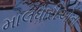
માલધારીઓના